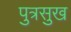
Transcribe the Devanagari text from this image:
पुत्रसुख